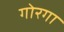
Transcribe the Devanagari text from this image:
गोरगा